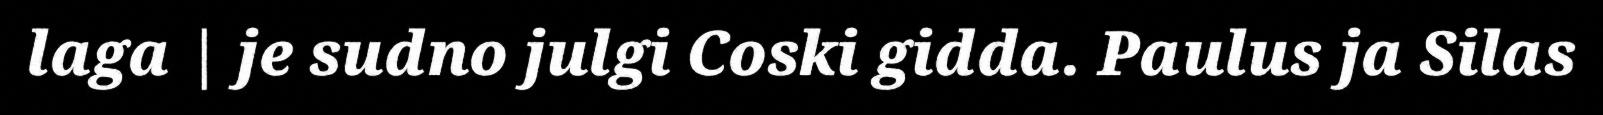
laga | je sudno julgi Coski gidda. Paulus ja Silas